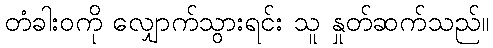
တံခါးဝကို လျှောက်သွားရင်း သူ နှုတ်ဆက်သည်။